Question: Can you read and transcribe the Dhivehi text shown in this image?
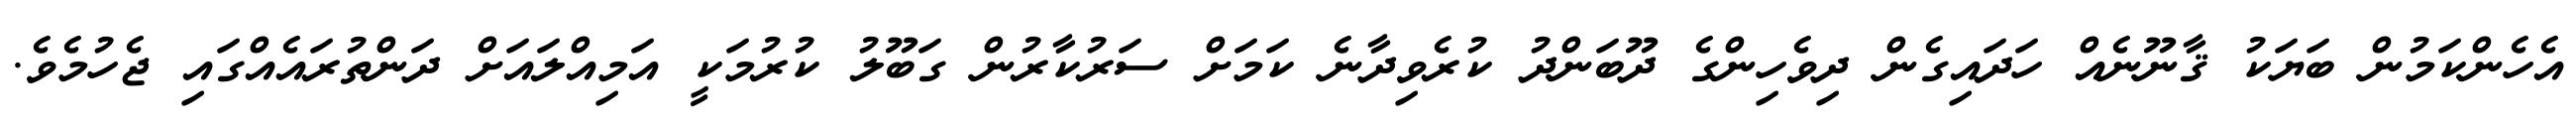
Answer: އެހެންކަމުން ބަޔަކު ޤާނޫނެއް ހަދައިގެން ދިވެހިންގެ ދޫބަންދު ކުރެވިދާނެ ކަމަށް ސަރުކާރުން ގަބޫލު ކުރުމަކީ އަމިއްލައަށް ދަންތުރައެއްގައި ޖެހުމެވެ.